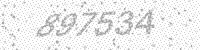
Solution: 897534